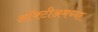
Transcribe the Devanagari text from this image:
ऑक्टीअमच्या